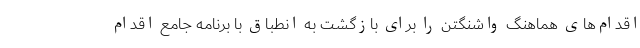
اقدام‌های هماهنگ واشنگتن را برای بازگشت به انطباق با برنامه جامع اقدام